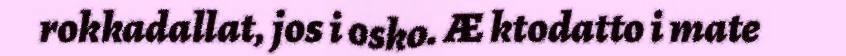
rokkadallat, jos i osko. Æ ktodatto i mate